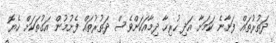
ދަތުރުތައް ފަށާނެ ކަމަށާ އަދި ހުރިހާ ދިމާއަކަށްވެސް ދަތުރުތައް ފެށުމުން އަގުތަކަށް ހެޔޮ